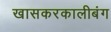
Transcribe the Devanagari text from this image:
खासकरकालीबंग